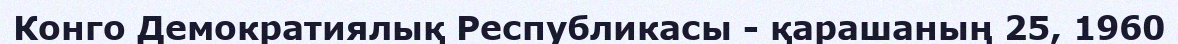
Конго Демократиялық Республикасы - қарашаның 25, 1960